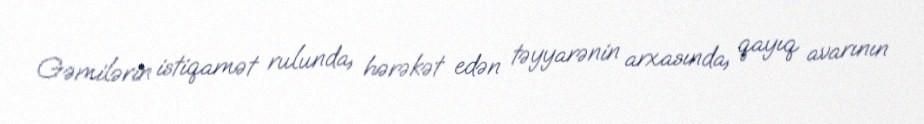
Gəmilərin istiqamət rulunda, hərəkət edən təyyarənin arxasında, qayıq avarının